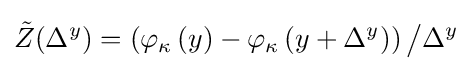
{\tilde {Z}}(\Delta ^{y})=\left(\varphi _{\kappa }\left(y\right)-\varphi _{\kappa }\left(y+\Delta ^{y}\right)\right){\big /}\Delta ^{y}